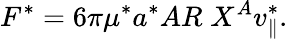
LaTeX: F^{*}=6\pi\mu^{*}a^{*}AR\; X^{A}v_{\parallel}^{*}.